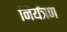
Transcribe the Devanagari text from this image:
निर्यंत्रण